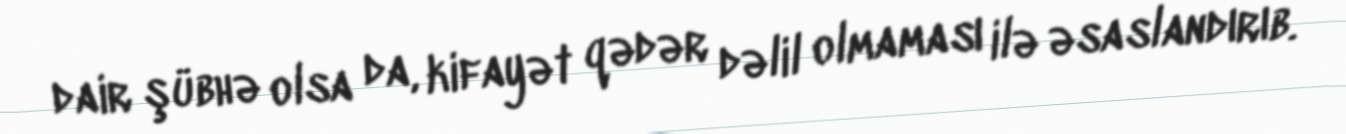
dair şübhə olsa da, kifayət qədər dəlil olmaması ilə əsaslandırıb.